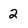
Character: 2